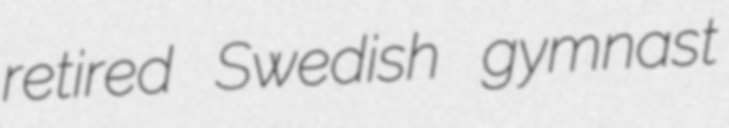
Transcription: retired Swedish gymnast